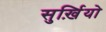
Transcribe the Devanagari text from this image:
सुर्ख़ियो